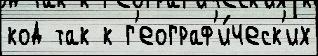
код так к г'еограф'и́ческ'их